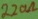
Text: 220Ω